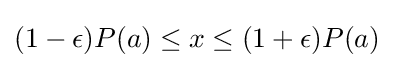
(1-\epsilon )P(a)\leq x\leq (1+\epsilon )P(a)